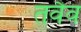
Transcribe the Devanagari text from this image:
तवैव